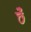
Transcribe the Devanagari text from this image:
छेँ